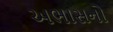
અભાસનો